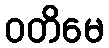
ဝတိမေ